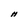
Character: H